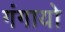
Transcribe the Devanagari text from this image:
गंगायो